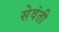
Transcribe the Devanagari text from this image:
सेवंती